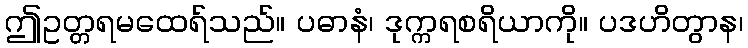
ဤဥတ္တရမထေရ်သည်။ ပဓာနံ၊ ဒုက္ကရစရိယာကို။ ပဒဟိတွာန၊